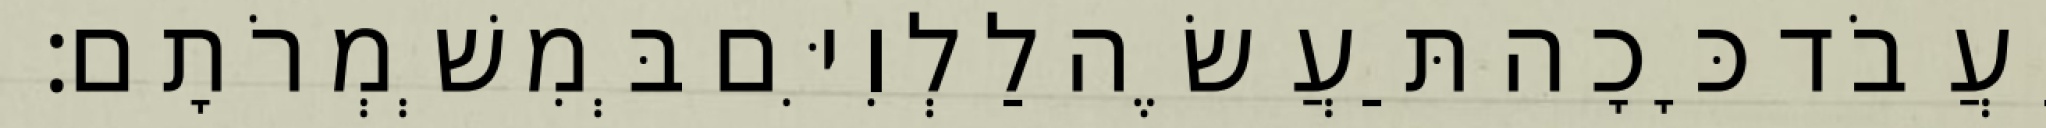
יַעֲבֹד כָּכָה תַּעֲשֶׂה לַלְוִיִּם בְּמִשְׁמְרֹתָם׃